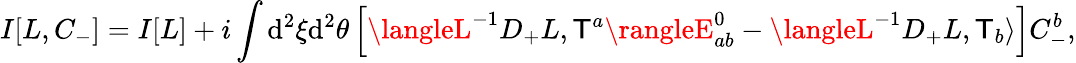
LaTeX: I[L,C_{-}]=I[L]+i\int\mathrm{d}^{2}\xi\mathrm{d}^{2}\theta\left[\langleL^{-1}D_{+}L,\mathsf{T}^{a}\rangleE_{ab}^{0}-\langleL^{-1}D_{+}L,\mathsf{T}_{b}\rangle\right]C_{-}^{b},